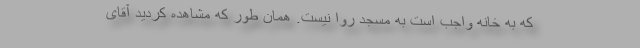
که به خانه واجب است به مسجد روا نیست. همان طور که مشاهده کردید آقای